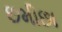
છમીછા